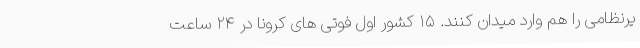
یرنظامی را هم وارد میدان کنند. ۱۵ کشور اول فوتی های کرونا در ۲۴ ساعت